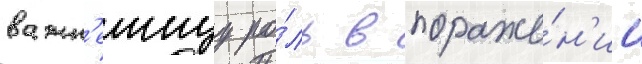
важн'еишуу ро́ль в пораже́н'ии